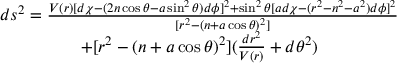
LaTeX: \begin{array} { c } { { d s ^ { 2 } = \frac { V ( r ) [ d \chi - ( 2 n \cos \theta - a \sin ^ { 2 } \theta ) d \phi ] ^ { 2 } + \sin ^ { 2 } \theta \lbrack a d \chi - ( r ^ { 2 } - n ^ { 2 } - a ^ { 2 } ) d \phi ] ^ { 2 } } { [ r ^ { 2 } - ( n + a \cos \theta ) ^ { 2 } ] } } } \\ { { + [ r ^ { 2 } - ( n + a \cos \theta ) ^ { 2 } ] ( \frac { d r ^ { 2 } } { V ( r ) } + d \theta ^ { 2 } ) } } \end{array}